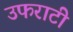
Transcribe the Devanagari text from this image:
उफराटी